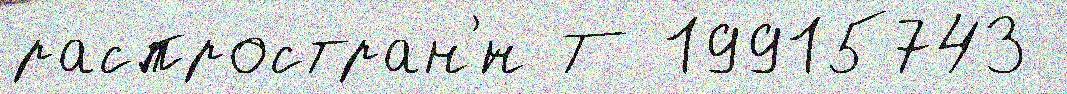
распростран'́н Т 19915743